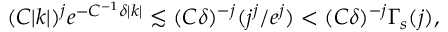
\begin{array} { r } { ( C | k | ) ^ { j } e ^ { - C ^ { - 1 } \delta | k | } \lesssim ( C \delta ) ^ { - j } ( j ^ { j } / e ^ { j } ) < ( C \delta ) ^ { - j } \Gamma _ { s } ( j ) , } \end{array}